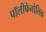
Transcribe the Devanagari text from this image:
पॉलीफेनोलिक